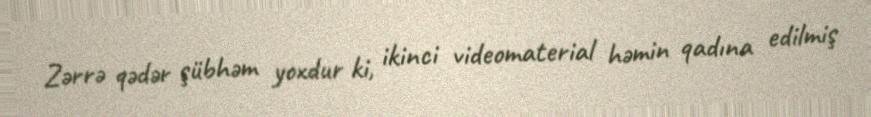
Zərrə qədər şübhəm yoxdur ki, ikinci videomaterial həmin qadına edilmiş